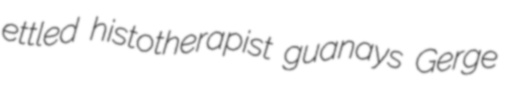
ettled histotherapist guanays Gerge